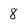
Character: 8